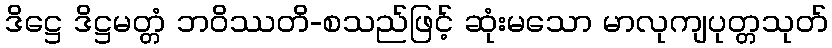
ဒိဋ္ဌေ ဒိဋ္ဌမတ္တံ ဘဝိဿတိ-စသည်ဖြင့် ဆုံးမသော မာလုကျပုတ္တသုတ်